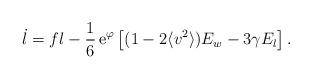
LaTeX: \begin{align*}\dot l = fl -\frac{1}{6}\,\mathrm{e}^\varphi \left[ (1-2\langle v^2 \rangle ) E_w -3\gamma E_l \right].\end{align*}